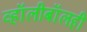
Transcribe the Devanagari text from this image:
व्हॉलीबॉलही